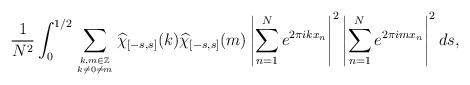
LaTeX: \begin{align*} \frac{1}{N^2} \int_{0}^{1/2} \sum_{k,m \in \mathbb{Z} \atop k \neq 0 \neq m} \widehat \chi_{\left[-s,s\right]}(k) \widehat \chi_{\left[-s,s\right]}(m) \left| \sum_{n=1}^{N}{ e^{2 \pi i k x_n }}\right|^2 \left| \sum_{n=1}^{N}{ e^{2 \pi i m x_n }}\right|^2 ds,\end{align*}